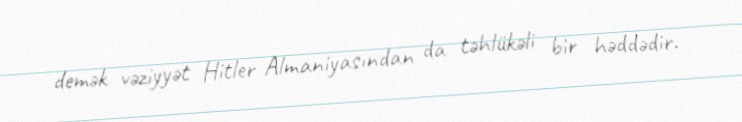
demək vəziyyət Hitler Almaniyasından da təhlükəli bir həddədir.